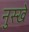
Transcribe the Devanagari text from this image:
नुस्‍खे